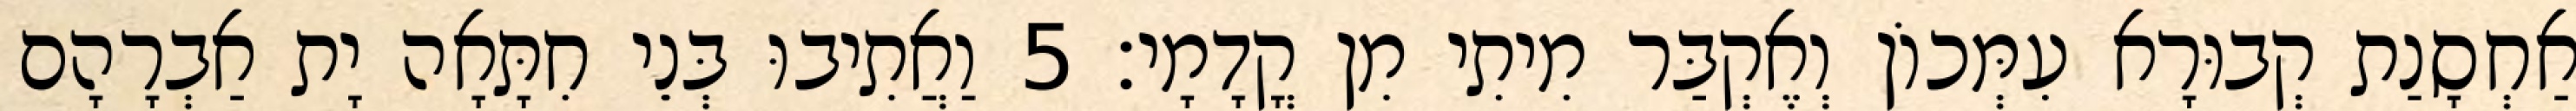
אַחְסָנַת קְבוּרָא עִמְּכוֹן וְאֶקְבַּר מִיתִי מִן קֳדָמָי׃ 5 וַאֲתִיבוּ בְּנֵי חִתָּאָה יָת אַבְרָהָם